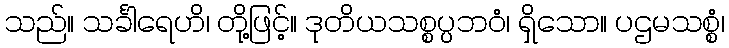
သည်။ သင်္ခါရေဟိ၊ တို့ဖြင့်။ ဒုတိယသစ္စပ္ပဘဝံ၊ ရှိသော။ ပဌမသစ္စံ၊